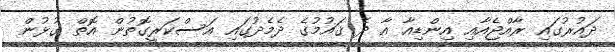
ދައުރުގައި ރާއްޖެއާއި އިންޑިއާ އާ ދެ ޤައުމުގެ ދެމެދުގައި އަސްކަރީގޮތުން އޮތް ގުޅުން